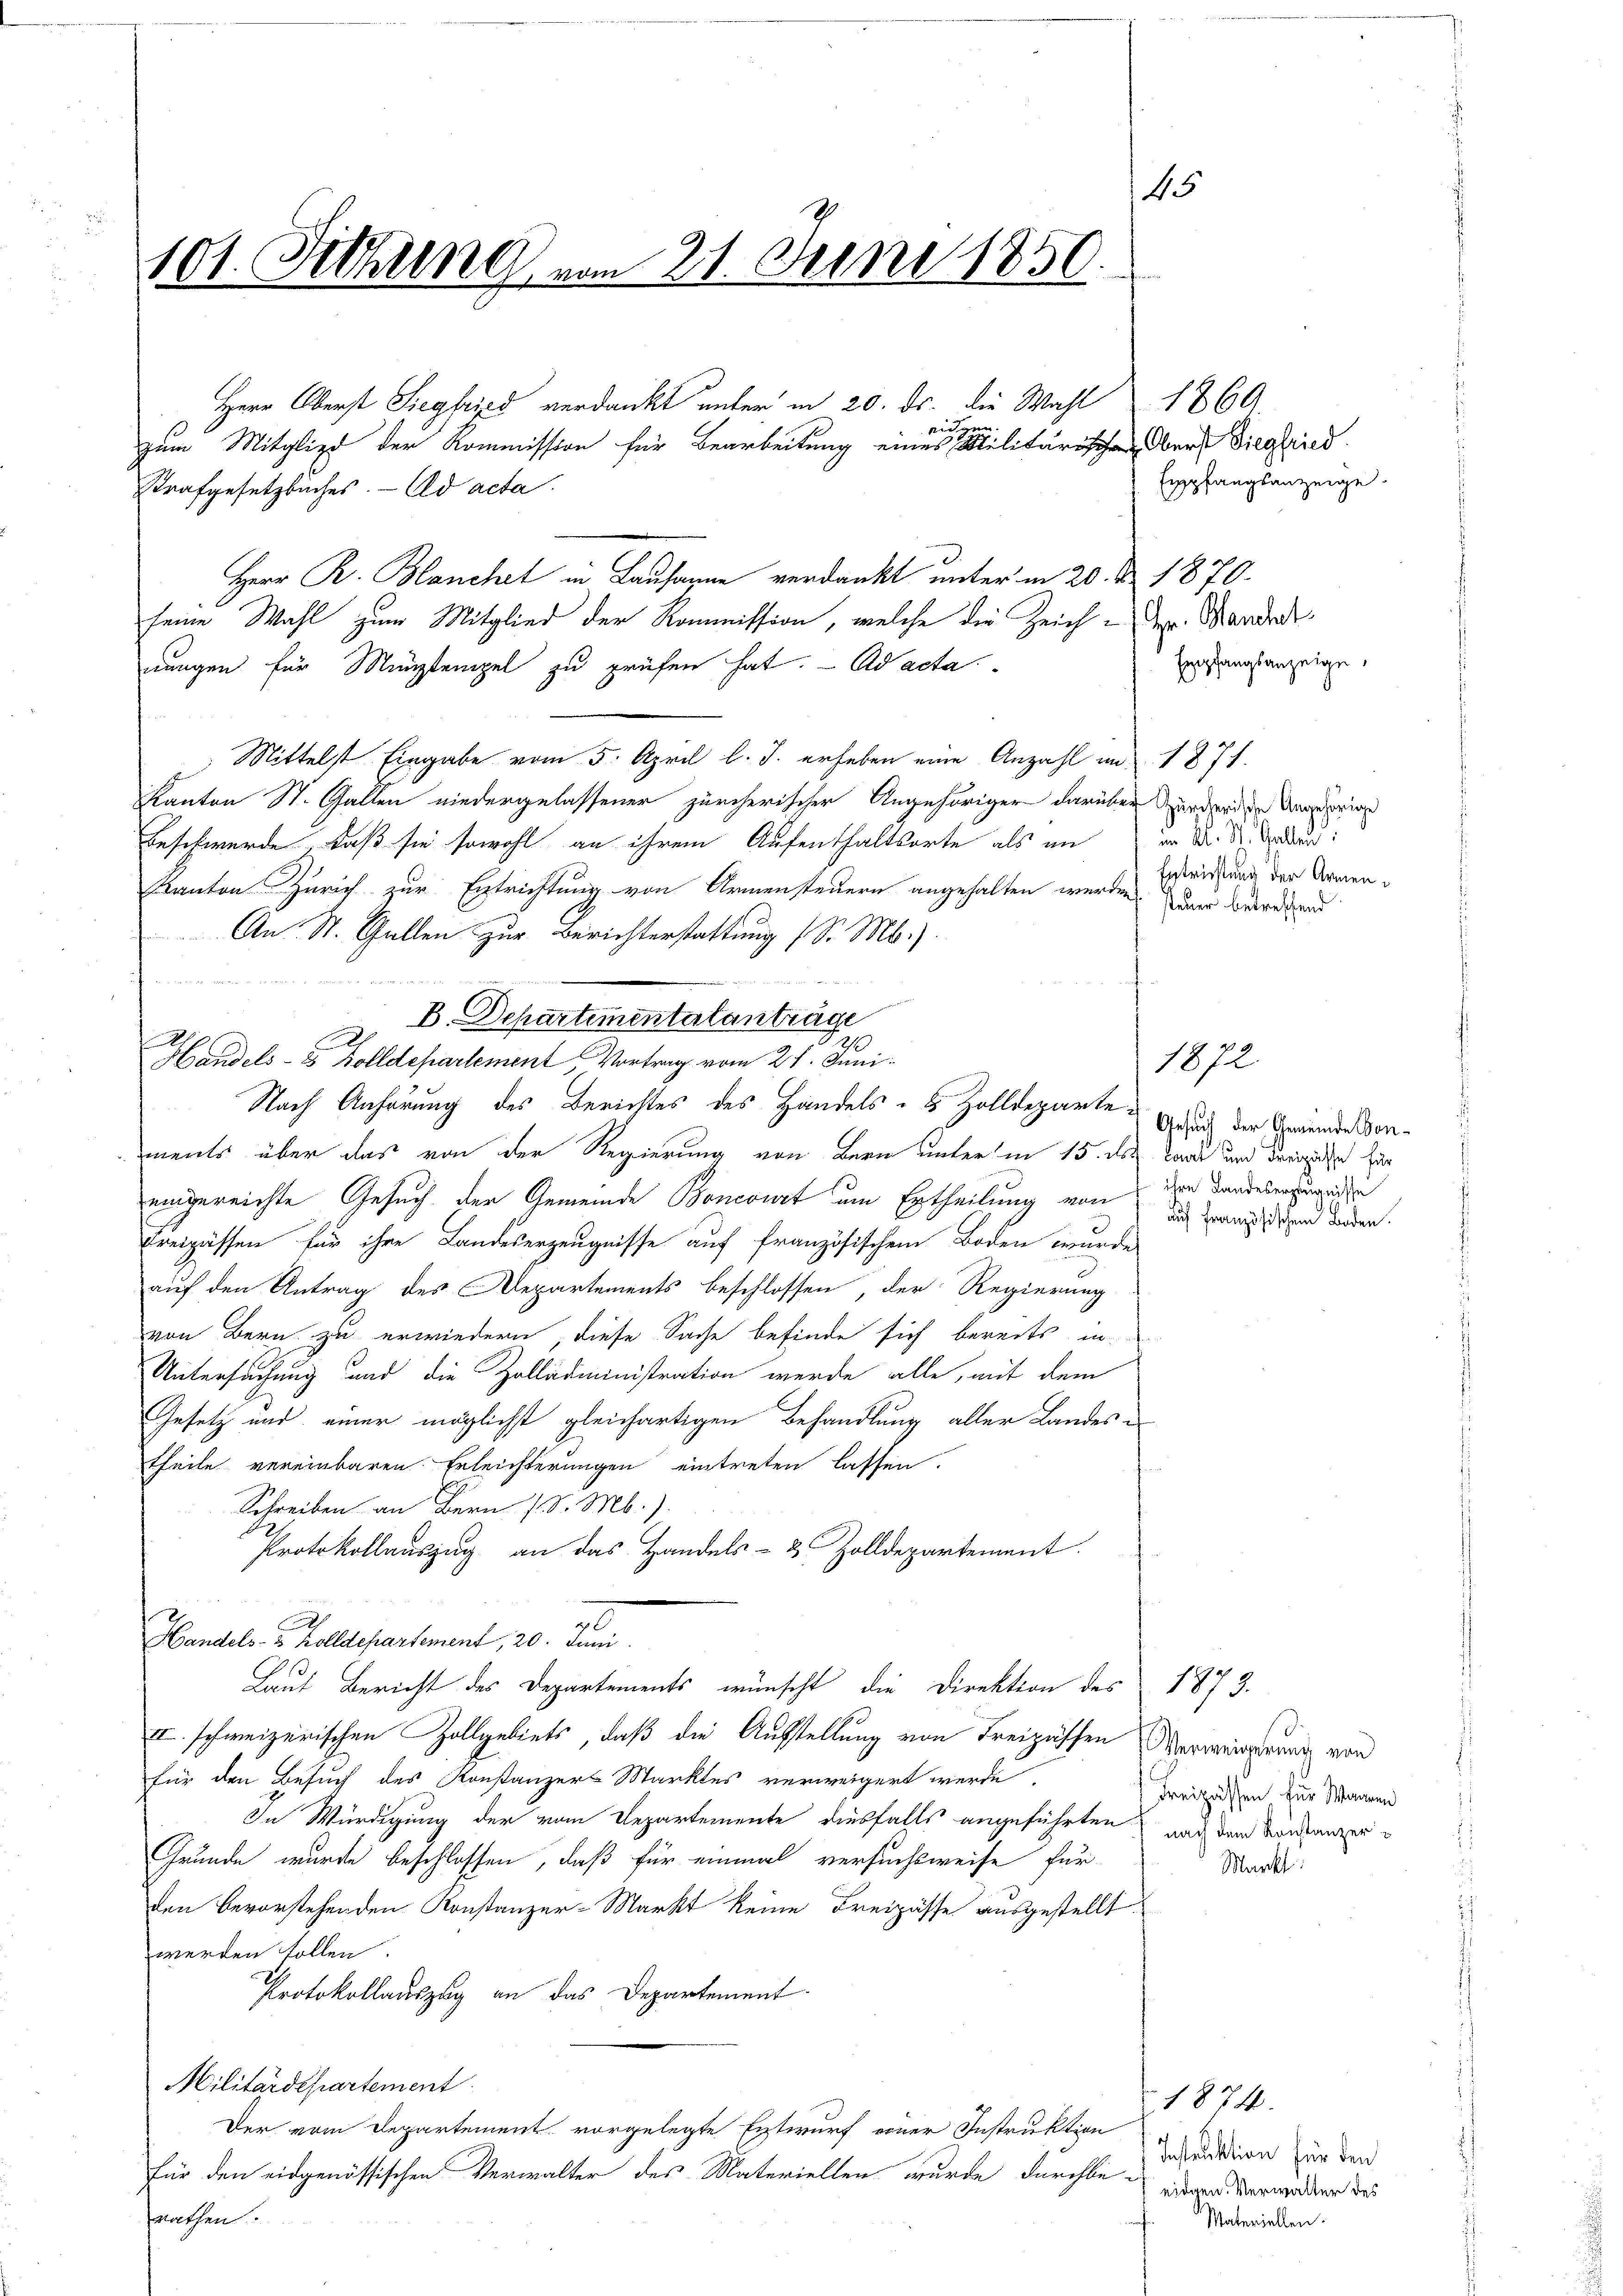
Herr Oberst Siegfried verdankt unter in 20. ds. die Wahl 1860
zum Mitglied der Kommission für Bearbeitung eines Militärischen der Siegfried
Strafgesetzbuches. — Ad acta.
Herr R. Blanchet in Lausanne verdankt unter in 20. d. 1870.
seine Wahl zum Mitglied der Kommission, welche die Zeich - Der Manda
nungen für Mitempel zu prüfen hat. - Ad acta
Mittelst Eingabe vom 5. April l. J. erheben eine Anzahl in 1871.
Kanton St. Gallen niedergelassener zürcherischer Angehöriger darüber zur der zu Ungespring
Beschwerde, daß sie sowohl an ihrem Aufenthaltsorte als in in Dr. Dr. Grund
Kanton Zürich zur Entrichtung von Armensteuern angehalten werden. Dann betretend
An St. Gallen zur Berichterstattung (S. Mb.).
  Was der
 et les des St
B. Departementatanträge
Handels- & Zolldepartement Vortrag vom 21. Juni
Nach Anhörung des Berichtes des Handels- & Zolldepartements über das von der Regierung von Bern unter in 15. des Tage und dreise für
eingereichte Gesuch der Gemeinde Boncowet um Ertheilung von
Freizüssen für ihre Landeserzeugnisse auf französischem Boden wurde
auf den Antrag des Departements beschlossen, der Regierung
von Bern zu erwiedern, diese Sache befinde sich bereits in
Untersuchung und die Zolladministration werde alle, mit dem
Gesetz und einer möglichst gleichartigen Behandlung aller Landestheile vereinbaren Erleichterungen eintreten lassen.
Schreiben an Bern (d. M.).
Protokollauszug an das Handels- & Zolldepartement.
27 x
Handels- & Zolldepartement, 20. Juni
Laut Bericht des Departements wünscht, die Direktion des 1873.
III. schweizerischen Zollgebiets, daß die Ausstellung von Freizischen Verweigerung von
für den Besuch des Konstanzers Marktes verweigert werde,
Freizassen für Mannen
In Würdigung der vom Departemente diesfalls angeführten nach dem Montanzer
Grunde wurde beschlossen, daß für einmal versuchsweise für
Markt:
den bevorstehenden Konstanzer-Markt keine Freizässe ausgestellt.
werden sollen.
Protokollauszug an das Departement
Militärdepartement
1874.
Der vom Departement vorgelegte Entwurf einer Instruktion
Instruktion für den
für den eidgenössischen Verwalter des Materiellen wurde durchbe-
eidgen. Verwalter des
rathen.
Materiellen.

45
101. Fethung vom 21. Juni 1850.

ai

Empfangsanzeige.
Empfangsanzeige,
Entrichtung der Armen¬

1872

Gesuch der Gemeinde Conihre Landeserzeugnisse
auf französischen Boden.